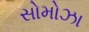
સોમોઝા